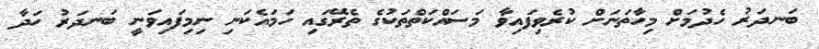
ބަނދަރު ހެދުމަށް މިހާތަނަށް ކުރެވިފައިވާ މަސައްކަތްތަކުގެ ތެރޭގައި ހަމައެކަނި ނިމިފައިވަނީ ބަނދަރު ހަދާ